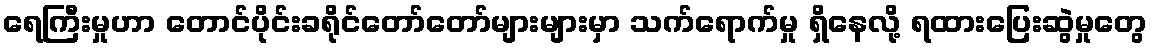
ရေကြီးမှုဟာ တောင်ပိုင်းခရိုင်တော်တော်များများမှာ သက်ရောက်မှု ရှိနေလို့ ရထားပြေးဆွဲမှုတွေ